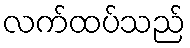
လက်ထပ်သည်